Lunatic asylums Central Provinces reports 1910-1926 - 1910-1926
Year: 1910
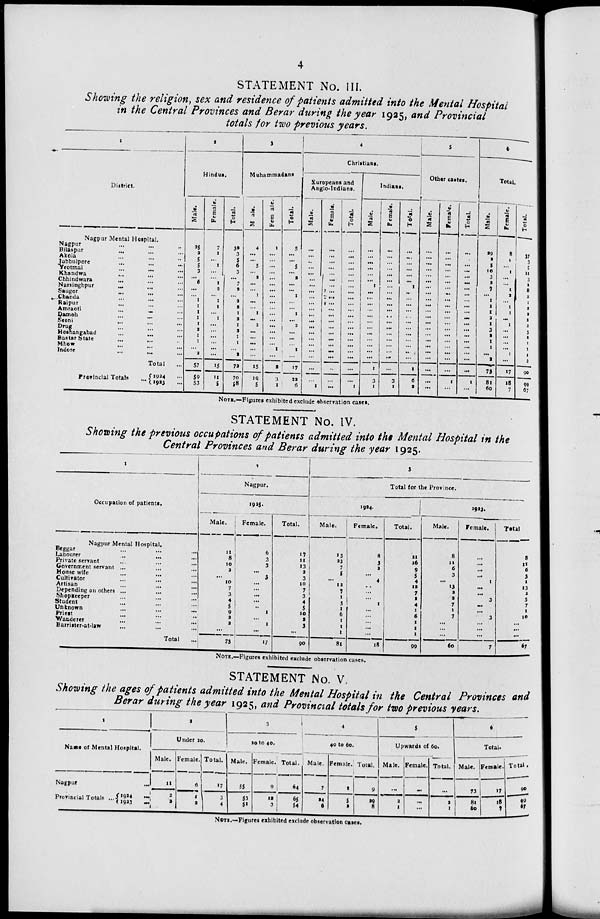
4
STATEMENT No. III.
Showing the religion, sex and residence of patients admitted into the Mental Hospital
in the Central Provinces and Berar during the year 1925, and Provincial
totals for two previous years.
1
District.
Nagpur Mental Hospital.
Nagpur ... ... ...
Bilaspur ... ... ...
Akola ... ... ...
Jubbulpore ... ... ...
Yeotmal ... ... ...
Khandwa ... ... ...
Chhindwara ... ... ...
Narsinghpur ... ... ...
Saugor ... ... ...
Chanda ... ... ...
Raipur ... ... ...
Amraoti
...
...
...
Damoh ... ... ...
Seoni ... ... ...
Drug ... ... ...
Hoshangabad ... ... ...
Bastar State ... ... ...
Mhow ... ... ...
Indore ... ... ...
Total ...
Provincial Totals ...
1924 ...
1923 ...
2
Hindus.
Male.
25
2
5
5
3
...
6
...
...
1
1
1
1
1
2
1
1
...
2
57
59
53
Female.
7
1
...
1
...
...
1
2
...
1
1
...
1
...
...
...
...
...
...
15
11
5
Total.
32
3
5
6
3
...
7
2
...
2
2
1
2
1
2
1
1
...
2
72
70
58
3
Muhammadans.
Male.
4
...
...
5
...
2
...
...
1
...
...
1
...
2
...
...
...
...
...
15
19
5
Female.
1
...
...
...
...
...
...
...
...
...
...
...
...
...
...
...
...
1
...
2
3
1
Total.
5
...
...
5
...
2
...
...
1
...
...
1
...
2
...
...
...
1
...
17
22
6
4
Christians.
Europeans and
Anglo-Indians.
Male.
...
...
...
...
...
...
...
...
...
...
...
...
...
...
...
...
...
...
...
...
...
1
Female.
...
...
...
...
...
...
...
...
...
...
...
...
...
...
...
...
...
...
...
...
...
...
Total.
...
...
...
...
...
...
...
...
...
...
...
...
...
...
...
...
...
...
...
...
...
1
Indians.
Male.
...
...
...
...
...
...
1
...
...
...
...
...
...
...
...
...
...
...
...
1
3
1
F emale.
...
...
...
...
...
...
...
...
...
...
...
...
...
...
...
...
...
...
...
...
3
1
Total.
...
...
...
...
...
...
1
...
...
...
...
...
...
...
...
...
...
...
...
1
6
2
5
Other castes.
Male.
...
...
...
...
...
...
...
...
...
...
...
...
...
...
...
...
...
...
...
...
...
...
Female.
...
...
...
...
...
...
...
...
...
...
...
...
...
...
...
...
...
...
...
...
1
...
Total.
...
...
...
...
...
...
...
...
...
...
...
...
...
...
...
...
...
...
...
...
1
...
6
Total.
Male.
29
2
5
10
3
2
7
...
1
1
1
2
1
3
2
1
1
...
2
73
81
60
Female.
8
1
...
1
...
...
1
2
...
1
1
...
1
...
...
...
...
1
...
17
18
7
Total.
37
3
5
11
3
2
8
2
1
2
2
2
2
3
2
1
1
1
2
90
99
67
NOTE.—Figures exhibited exclude observation cases.
STATEMENT No. IV.
Showing the previous occupations of patients admitted into the Mental Hospital in the
Central Provinces and Berar during the year 1925.
1
Occupation of patients.
Nagpur Mental Hospital.
Beggar ... ... ...
Labourer ... ... ...
Private servant ... ... ...
Government servant ... ... ...
House wife ... ... ...
Cultivator ... ... ...
Artisan ... ... ...
Depending on others ...
...
...
Shopkeeper ... ... ...
Student ... ... ...
Unknown ... ... ...
Priest ... ... ...
Wanderer ... ... ...
Barrister-at-law ... ... ...
Total ...
2
Nagpur.
1925.
Male.
11
8
10
2
...
10
7
3
4
5
9
2
2
...
73
Female.
6
3
3
...
3
...
...
...
...
...
1
...
1
...
17
Total.
17
11
13
2
3
10
7
3
4
5
10
2
3
...
90
3
Total for the Province.
1924.
Male.
13
23
7
5
...
12
7
1
3
1
6
1
1
1
81
Female.
8
3
9
...
4
...
...
...
1
...
...
...
...
...
18
Total.
21
26
9
5
4
12
7
1
4
1
6
1
1
1
99
1923.
Male.
8
11
6
3
...
13
2
2
7
1
7
...
...
...
60
Female.
...
...
...
...
1
...
...
3
...
...
3
...
...
...
7
Total.
8
11
6
3
1
13
2
5
7
1
10
...
...
...
67
NOTE.—Figures exhibited exclude observation cases.
STATEMENT No. V.
Showing the ages of patients admitted into the Mental Hospital in the Central Provinces and
Berar during the year 1925, and Provincial totals for two previous years.
1
Name of Mental Hospital.
Nagpur ...
Provincial Totals ... 1924 ...
1923 ...
2
Under 20.
Male.
11
2
2
Female.
6
1
2
Total.
17
3
4
3
20 to 40.
Male.
55
53
51
Female.
9
12
3
Total.
64
65
54
4
40 to 60.
Male.
7
24
6
Female.
2
5
2
Total.
9
29
8
5
Upwards of 60.
Male.
...
2
1
Female.
...
...
...
Total.
...
2
1
6
Total.
Male.
73
81
60
Female.
17
18
7
Total.
90
99
67
NOTE.—Figures exhibited exclude observation cases.